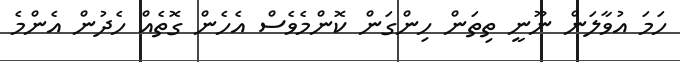
ހަމަ އުވާލަން ނޫނީ ތިތަން ހިންގަން ކޮންމެވެސް އެހެން ގޮތެއް ހެދުން އެންމެ